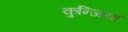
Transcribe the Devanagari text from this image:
कुन्जियाँ